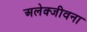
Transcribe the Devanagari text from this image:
अलेक्जीवना